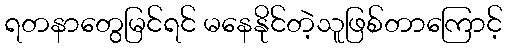
ရတနာတွေမြင်ရင် မနေနိုင်တဲ့သူဖြစ်တာကြောင့်